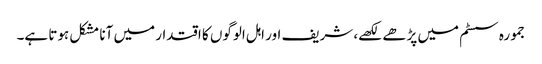
جمورہ سسٹم میں پڑھے لکھے، شریف اور اہل الوگوں کا اقتدار میں آنا مشکل ہوتا ہے۔